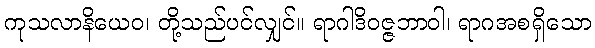
ကုသလာနိယေဝ၊ တို့သည်ပင်လျှင်။ ရာဂါဒိဝဇ္ဇဘာဝါ၊ ရာဂအစရှိသော